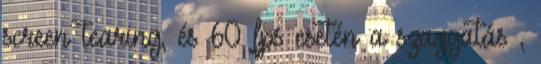
screen tearing, és 60 fps esetén a szaggatás ,